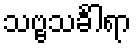
သဗ္ဗသင်္ခါရာ